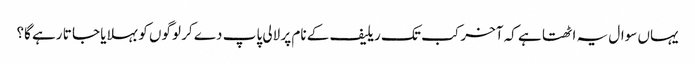
یہاں سوال یہ اٹھتا ہے کہ آخر کب تک ریلیف کے نام پر لالی پاپ دے کر لوگوں کو بہلایا جا تا رہے گا؟